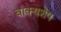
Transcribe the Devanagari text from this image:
वाक्यशेष